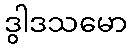
ဒွါဒသမော